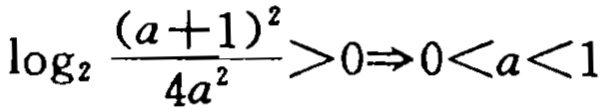
\(\log_{2}\frac{(a + 1)^{2}}{4a^{2}}>0\Rightarrow0<a<1\)